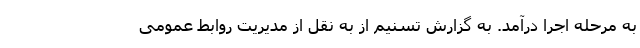
به مرحله اجرا درآمد. به گزارش تسنیم از به نقل از مدیریت روابط عمومی